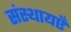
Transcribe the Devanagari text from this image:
संस्थायएँ